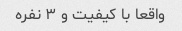
واقعا با کیفیت و ۳ نفره